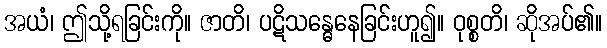
အယံ၊ ဤသို့ရခြင်းကို။ ဇာတိ၊ ပဋိသန္ဓေနေခြင်းဟူ၍။ ဝုစ္စတိ၊ ဆိုအပ်၏။